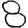
Digit: 8